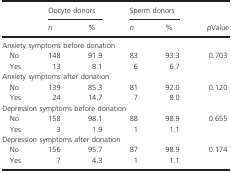
<table><thead><tr><td></td><td colspan="2"><b>Oocyte donors</b></td><td colspan="2"><b>Sperm donors</b></td><td></td></tr><tr><td></td><td><b><i>n</i></b></td><td><b>%</b></td><td><b><i>n</i></b></td><td><b>%</b></td><td><b><i>p</i>Value</b></td></tr></thead><tbody><tr><td colspan="6">Anxiety symptoms before donation</td></tr><tr><td> No</td><td>148</td><td>91.9</td><td>83</td><td>93.3</td><td rowspan="2">0.703</td></tr><tr><td> Yes</td><td>13</td><td>8.1</td><td>6</td><td>6.7</td></tr><tr><td colspan="6">Anxiety symptoms after donation</td></tr><tr><td> No</td><td>139</td><td>85.3</td><td>81</td><td>92.0</td><td rowspan="2">0.120</td></tr><tr><td> Yes</td><td>24</td><td>14.7</td><td>7</td><td>8.0</td></tr><tr><td colspan="6">Depression symptoms before donation</td></tr><tr><td> No</td><td>158</td><td>98.1</td><td>88</td><td>98.9</td><td rowspan="2">0.655</td></tr><tr><td> Yes</td><td>3</td><td>1.9</td><td>1</td><td>1.1</td></tr><tr><td colspan="6">Depression symptoms after donation</td></tr><tr><td> No</td><td>156</td><td>95.7</td><td>87</td><td>98.9</td><td rowspan="2">0.174</td></tr><tr><td> Yes</td><td>7</td><td>4.3</td><td>1</td><td>1.1</td></tr></tbody></table>